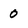
Character: 0